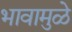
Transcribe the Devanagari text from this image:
भावामुळे